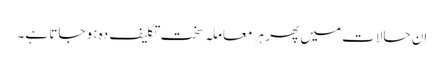
اِن حالات میں پھر ہر معاملہ سخت تکلیف دہ ہو جاتا ہے۔